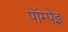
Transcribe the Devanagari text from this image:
पॉम्पेइ